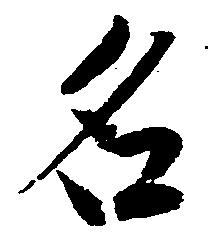
名